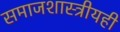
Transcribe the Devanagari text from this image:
समाजशास्त्रीयही